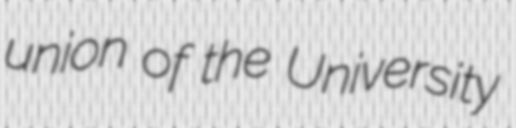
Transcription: union of the University